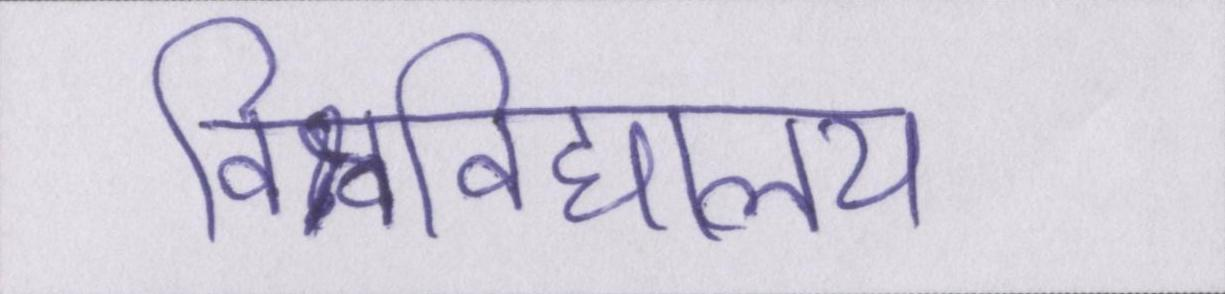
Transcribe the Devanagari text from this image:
विश्वविद्यालय